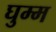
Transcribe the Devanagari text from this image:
घुम्म